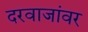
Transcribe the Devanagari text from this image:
दरवाजांवर